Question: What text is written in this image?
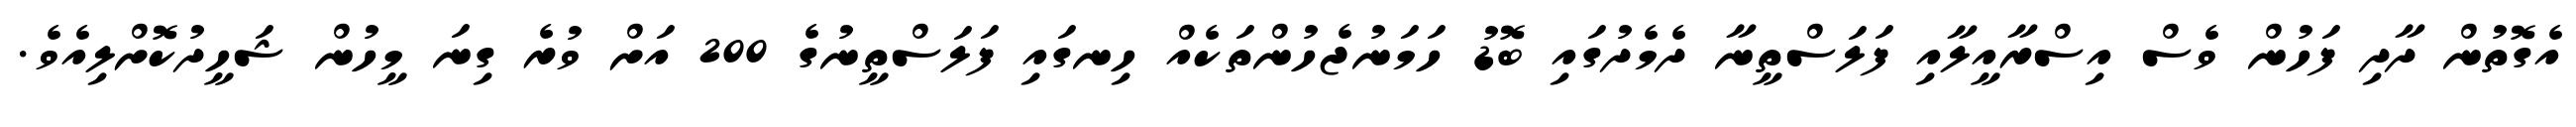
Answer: އެގޮތުން ދާދި ފަހުން ވެސް އިސްރާއީލާއި ފަލަސްތީނާ ދެމެދުގައި ބޮޑު ހަމަނުޖެހުންތަކެއް ހިނގައި ފަލަސްތީނުގެ 200 އަށް ވުރެ ގިނަ މީހުން ޝަހީދުކޮށްލިއެވެ.